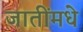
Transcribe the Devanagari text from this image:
जातींमधे